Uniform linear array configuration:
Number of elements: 48
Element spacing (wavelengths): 0.75
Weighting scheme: uniform
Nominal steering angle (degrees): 60
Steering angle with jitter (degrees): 59.485
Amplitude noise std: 0.05
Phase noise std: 0.05

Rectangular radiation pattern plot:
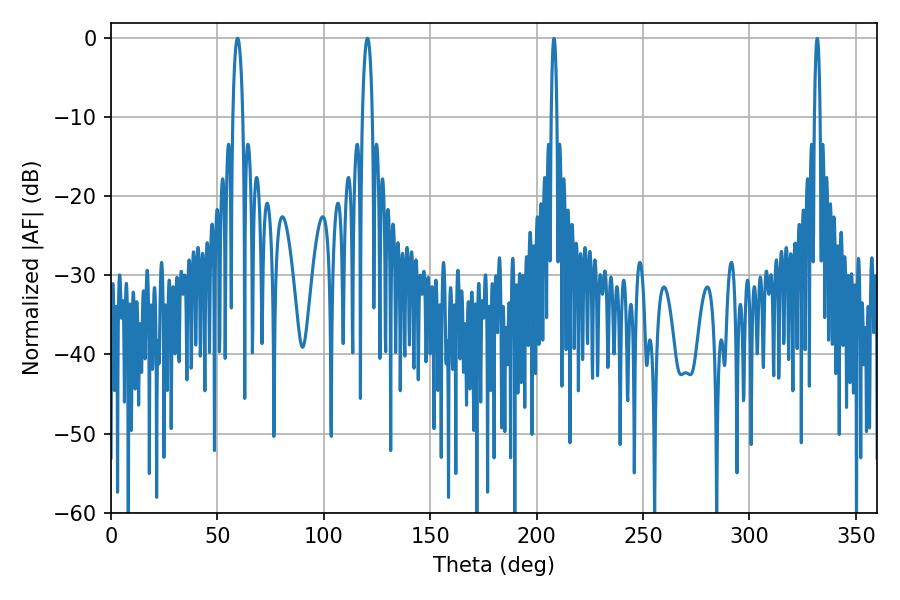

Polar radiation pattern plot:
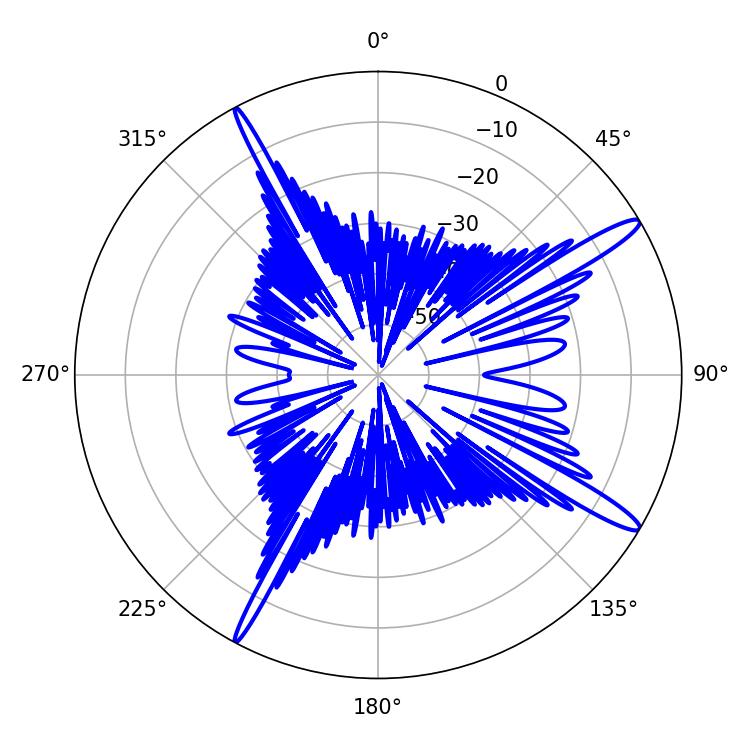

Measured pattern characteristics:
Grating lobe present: TRUE
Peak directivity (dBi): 14.906
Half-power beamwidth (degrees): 2.7
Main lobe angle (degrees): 59.4